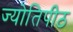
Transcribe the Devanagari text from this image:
ज्योतिपीठ